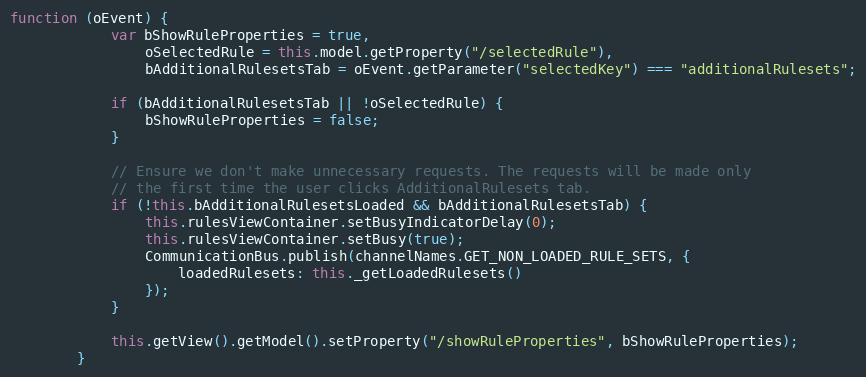
Language: JavaScript
function (oEvent) {
			var bShowRuleProperties = true,
				oSelectedRule = this.model.getProperty("/selectedRule"),
				bAdditionalRulesetsTab = oEvent.getParameter("selectedKey") === "additionalRulesets";

			if (bAdditionalRulesetsTab || !oSelectedRule) {
				bShowRuleProperties = false;
			}

			// Ensure we don't make unnecessary requests. The requests will be made only
			// the first time the user clicks AdditionalRulesets tab.
			if (!this.bAdditionalRulesetsLoaded && bAdditionalRulesetsTab) {
				this.rulesViewContainer.setBusyIndicatorDelay(0);
				this.rulesViewContainer.setBusy(true);
				CommunicationBus.publish(channelNames.GET_NON_LOADED_RULE_SETS, {
					loadedRulesets: this._getLoadedRulesets()
				});
			}

			this.getView().getModel().setProperty("/showRuleProperties", bShowRuleProperties);
		}